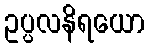
ဥပ္ပလနိရယော